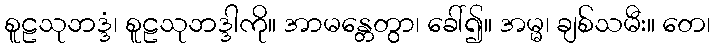
စူဠသုဘဒ္ဒံ၊ စူဠသုဘဒ္ဒါကို။ အာမန္တေတွာ၊ ခေါ်၍။ အမ္မ၊ ချစ်သမီး။ တေ၊